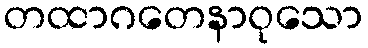
တထာဂတေနာဝုသော